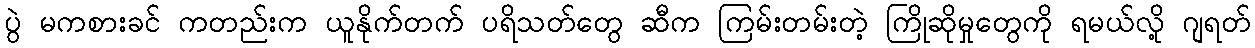
ပွဲ မကစားခင် ကတည်းက ယူနိုက်တက် ပရိသတ်တွေ ဆီက ကြမ်းတမ်းတဲ့ ကြိုဆိုမှုတွေကို ရမယ်လို့ ဂျရတ်